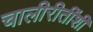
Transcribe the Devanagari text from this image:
चालीरीतींशी